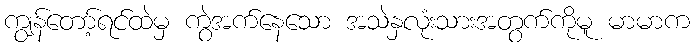
ကျွန်တော့်ရင်ထဲမှ ကွဲအက်နေသော အသဲနှလုံးသားအတွက်ကိုမူ မာမာက